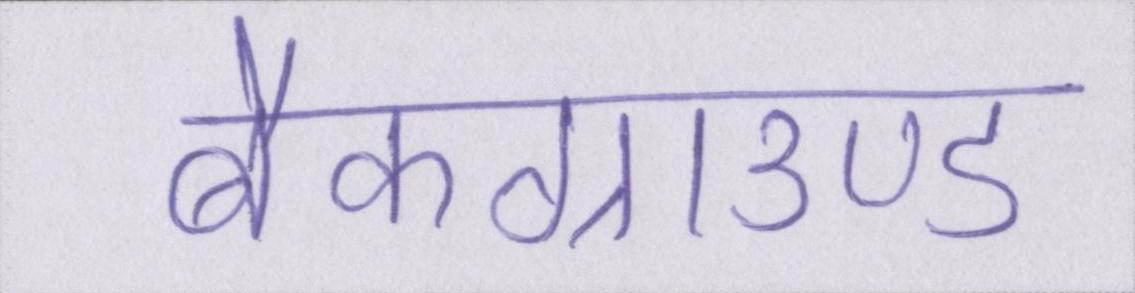
बैकग्राउण्ड